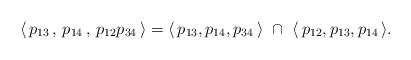
LaTeX: \begin{align*}\langle \,p_{13}\,,\,p_{14} \,,\,p_{12} p_{34} \,\rangle = \langle \,p_{13}, p_{14}, p_{34}\, \rangle \,\,\cap\,\,\langle \,p_{12},p_{13},p_{14} \,\rangle.\end{align*}